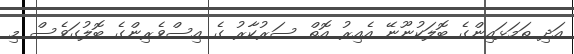
އަދި ތަމަޅައިންގެ ބޮލަކުނޫނޭ އެއިރު އޮތް ސަރުކާރު ގެ އިސްވެރިންގެ ބޮލުގަވެސް މި